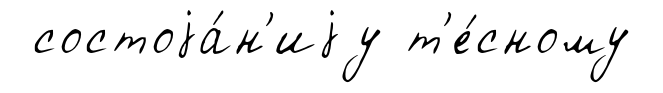
состоjа́н'иjу т'е́сному